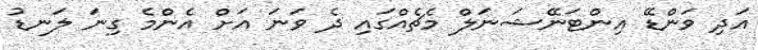
އަދި ވަންޑޭ އިންޓަނޭޝަނަލް މެޗެއްގައި ދެ ވަނަ އަށް އެންމެ ގިނަ ލަނޑު